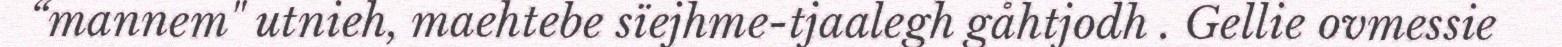
“mannem" utnieh, maehtebe sïejhme-tjaalegh gåhtjodh . Gellie ovmessie